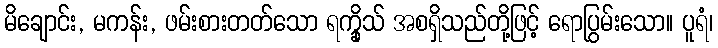
မိချောင်း, မကန်း, ဖမ်းစားတတ်သော ရက္ခိုသ် အစရှိသည်တို့ဖြင့် ရောပြွမ်းသော။ ပူရံ၊